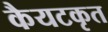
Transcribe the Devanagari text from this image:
कैयटकृत